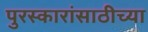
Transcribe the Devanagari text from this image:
पुरस्कारांसाठीच्या